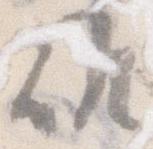
候